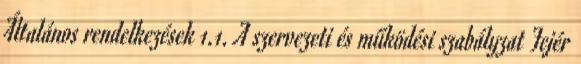
Általános rendelkezések 1.1. A szervezeti és működési szabályzat Fejér